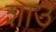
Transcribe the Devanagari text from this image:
शाउ